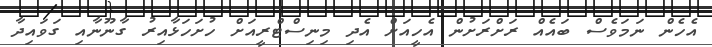
އެހެން ނަމަވެސް ބައެއް ރަށްރަށުން އެހީއަށް އެދި މިނިސްޓްރީއަށް ހުށަހަޅާއިރު ގާނޫނާއި ގަވައިދާ